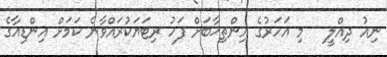
ނިއު ދިއްލީ - މި އަހަރުގެ އިންތިޚާބަށް ފަހު ރިޓަޔަކުރައްވާނެ ކަމަށް އިންޑިއާގެ